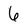
Character: 6